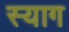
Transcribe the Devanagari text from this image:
स्याग